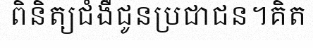
ពិនិត្យជំងឺជូនប្រជាជន។គិត